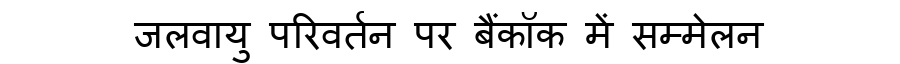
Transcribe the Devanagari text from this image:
जलवायु परिवर्तन पर बैंकॉक में सम्मेलन